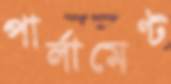
পার্লামেণ্ট